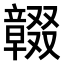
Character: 𠮒